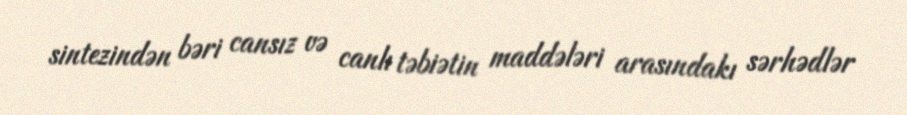
sintezindən bəri cansız və canlı təbiətin maddələri arasındakı sərhədlər